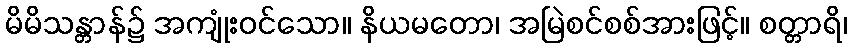
မိမိသန္တာန်၌ အကျုံးဝင်သော။ နိယမတော၊ အမြဲစင်စစ်အားဖြင့်။ စတ္တာရိ၊